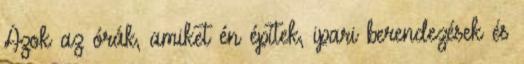
Azok az órák, amiket én építek, ipari berendezések és